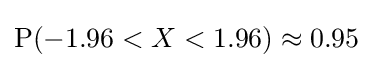
\mathrm {P} (-1.96<X<1.96)\approx 0.95